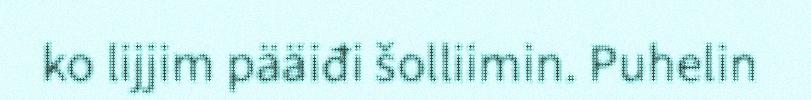
ko lijjim pääiđi šolliimin. Puhelin